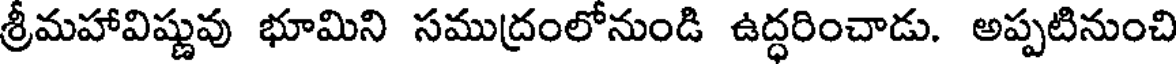
శ్రీమహావిష్ణువు భూమిని సముద్రంలోనుండి ఉద్ధరించాడు. అప్పటినుంచి